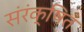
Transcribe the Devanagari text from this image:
संरंक्षित